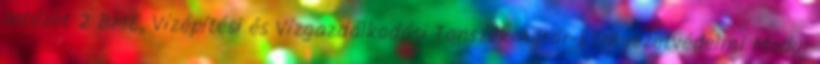
Intézet 2 BME, Vízépítési és Vízgazdálkodási Tanszék Agrár-környezetvédelmi Modul